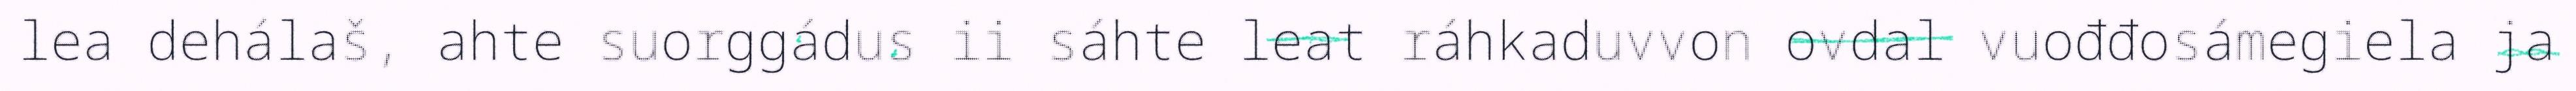
lea dehálaš, ahte suorggádus ii sáhte leat ráhkaduvvon ovdal vuođđosámegiela ja